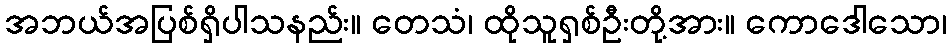
အဘယ်အပြစ်ရှိပါသနည်း။ တေသံ၊ ထိုသူရှစ်ဦးတို့အား။ ကောဒေါသော၊